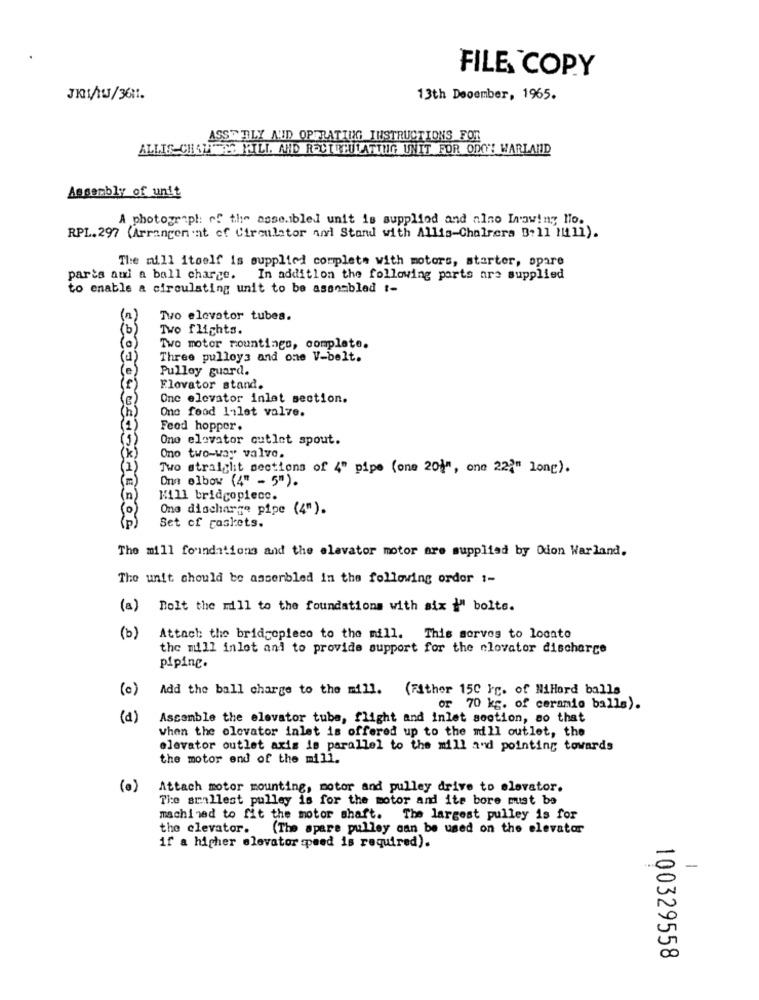
FILE COPY
JE1/MJ/3611.
13th December, 1965.
ASSORLY NID OPERATING INSTRUCTIONS FOR
ALLIS CHALTES PILL AND RECTREULATING UNIT FOR ODCHY WARLAND
Assembly of unit
A photograph: of the asse.ibled unit is supplied and alno Inowiny Ho.
RPL. 297 (Arrangenat of Circulator nad Stand with Allis-Chalmers Bell Mill).
The mill itself is supplied complete with motors, starter, spare
parts ami a ball charge. In addition the following parts are supplied
to enable a circulating unit to be assembled t-
Two elevator tubes.
30
Two flights.
Two motor mountings, complete.
Three pulleys and one V-belt.
Pulloy guard.
Flovator stand.
One elevator inlet section.
One food 1;let valve.
Food hopper.
One elevator cutlet spout.
Ono two-way valve.
Two straight sections of 4" pipe (one 20}", one 222" long).
Onn elbow (4" - 5").
Kill bridcopiecc.
One discharge pipe (4").
Set of caskets.
The mill foundations and the elevator motor are supplied by Odon Warland.
The unit should be asserbled in the following order :-
(a) Bolt the mill to the foundations with six " bolts.
(b)
Attach the bridgepleco to the mill. This sorves to locate
the mill inlet ani to provide support for the clovator discharge
piping.
(0)
Add the ball charge to the mill. (Fither 150 Ye. of NiHard balls
or 70 kg. of ceramic balls).
(a)
Assemble the elevator tuba, flight and inlet section, so that
when the elevator inlet is offered up to the mill outlet, the
elevator outlet axis is parallel to the mill and pointing towards
the motor end of the mill.
(a)
Attach motor mounting, motor and pulley drive to elevator.
The smallest pulley is for the motor and ite bore must be
machined to fit the motor shaft. The largest pulley is for
the elevator.
(The apare pulley can be used on the elevator
if a higher elevator speed is required).
-
100329558